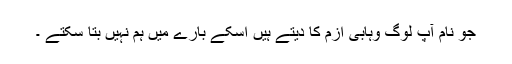
جو نام آپ لوگ وہابى ازم کا دیتے ہیں اسکے بارے میں ہم نہیں بتا سکتے ۔